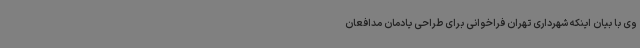
وی با بیان اینکه شهرداری تهران فراخوانی برای طراحی یادمان مدافعان